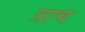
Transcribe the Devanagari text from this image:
त्राच